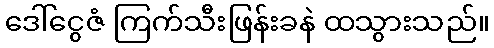
ဒေါ်ငွေဇံ ကြက်သီးဖြန်းခနဲ ထသွားသည်။